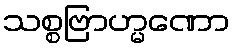
သစ္စဗြာဟ္မဏော